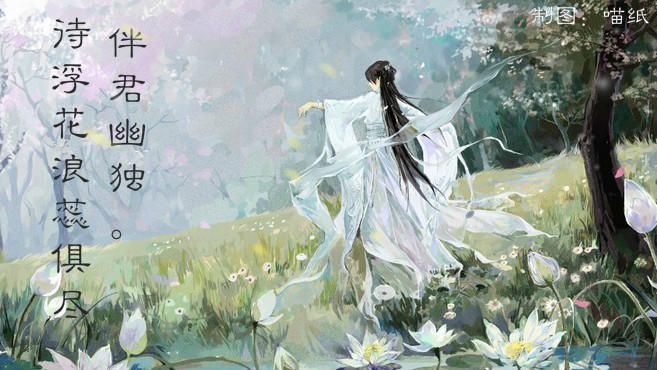
待浮花浪蕊都尽，伴君幽独。